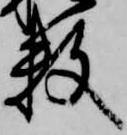
数